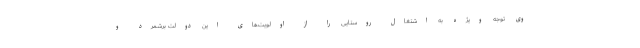
وی توجه ویژه به اشتغال روستایی را از اولویت‌های این دولت برشمرد و